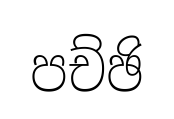
පච්ඡි